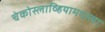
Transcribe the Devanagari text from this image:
चेकोस्लाव्हियामधल्या